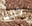
كلبنا